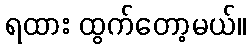
ရထား ထွက်တော့မယ်။